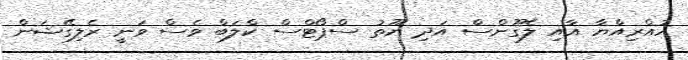
ހުއްރިއްޔާ އާއި ލެގޫންސް އަދި ޔޫތު ސްޕޯޓްސް ކްލަބް ވެސް ވަނީ ރެލިގޭޝަން